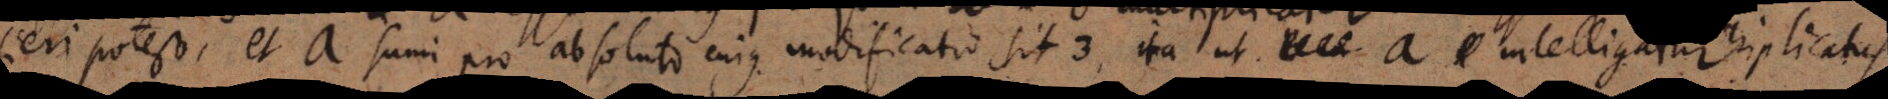
fieri potest, et a sumi pro absoluto cujus modificatio sit 3, ita ut a intelligatur